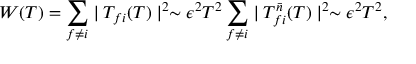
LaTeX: W ( T ) = \sum _ { f \neq i } \mid T _ { f i } ( T ) \mid ^ { 2 } \sim \epsilon ^ { 2 } T ^ { 2 } \sum _ { f \neq i } \mid T _ { f i } ^ { \bar { n } } ( T ) \mid ^ { 2 } \sim \epsilon ^ { 2 } T ^ { 2 } ,